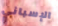
الإسباني